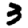
Digit: 3